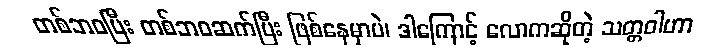
တစ်ဘဝပြီး တစ်ဘဝဆက်ပြီး ဖြစ်နေမှာပဲ၊ ဒါကြောင့် လောကဆိုတဲ့ သတ္တဝါဟာ